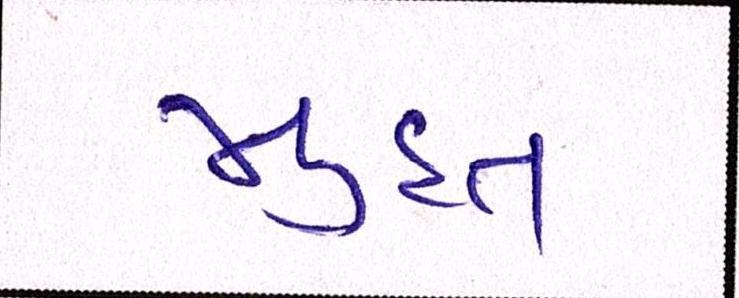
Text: મુદત